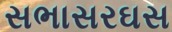
સભાસરઘસ